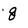
Character: g